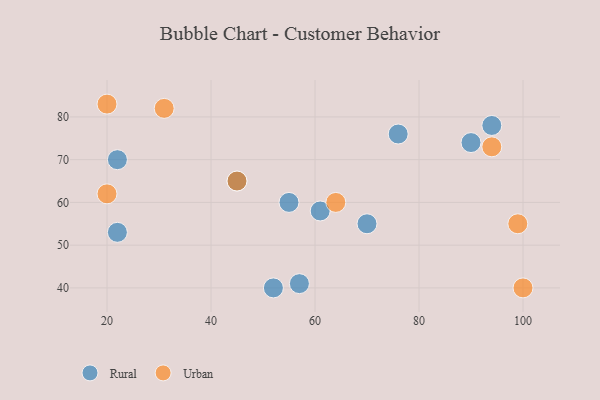
{"axis": {"x": "GDP", "y": "Life Expectancy"}, "legend": ["Rural", "Urban"], "data": [{"x": "61", "y": 58, "type": "Rural"}, {"x": "90", "y": 74, "type": "Rural"}, {"x": "55", "y": 60, "type": "Rural"}, {"x": "94", "y": 78, "type": "Rural"}, {"x": "57", "y": 41, "type": "Rural"}, {"x": "70", "y": 55, "type": "Rural"}, {"x": "22", "y": 53, "type": "Rural"}, {"x": "76", "y": 76, "type": "Rural"}, {"x": "45", "y": 65, "type": "Rural"}, {"x": "22", "y": 70, "type": "Rural"}, {"x": "52", "y": 40, "type": "Rural"}, {"x": "31", "y": 82, "type": "Urban"}, {"x": "99", "y": 55, "type": "Urban"}, {"x": "20", "y": 62, "type": "Urban"}, {"x": "20", "y": 83, "type": "Urban"}, {"x": "94", "y": 73, "type": "Urban"}, {"x": "45", "y": 65, "type": "Urban"}, {"x": "100", "y": 40, "type": "Urban"}, {"x": "64", "y": 60, "type": "Urban"}]}